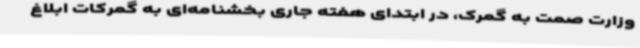
وزارت صمت به گمرک، در ابتدای هفته جاری بخشنامه‌ای به گمرکات ابلاغ